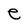
Character: e